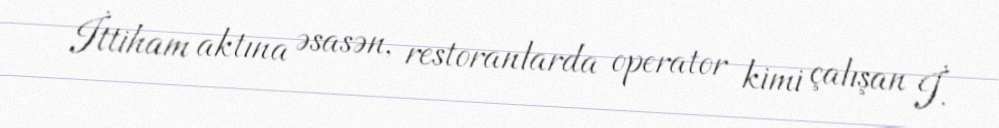
İttiham aktına əsasən, restoranlarda operator kimi çalışan İ.